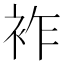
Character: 𧙓